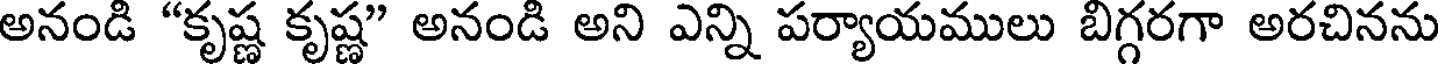
అనండి "కృష్ణ కృష్ణ" అనండి అని ఎన్ని పర్యాయములు బిగ్గరగా అరచినను